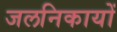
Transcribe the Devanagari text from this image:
जलनिकायों